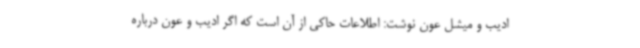
ادیب و میشل عون نوشت: اطلاعات حاکی از آن است که اگر ادیب و عون درباره